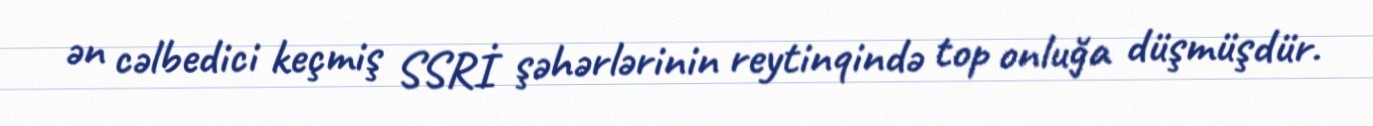
ən cəlbedici keçmiş SSRİ şəhərlərinin reytinqində top onluğa düşmüşdür.